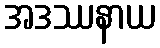
အဒဿနာယ